Jaan_Tonisson_(Lasteleht), lk 62
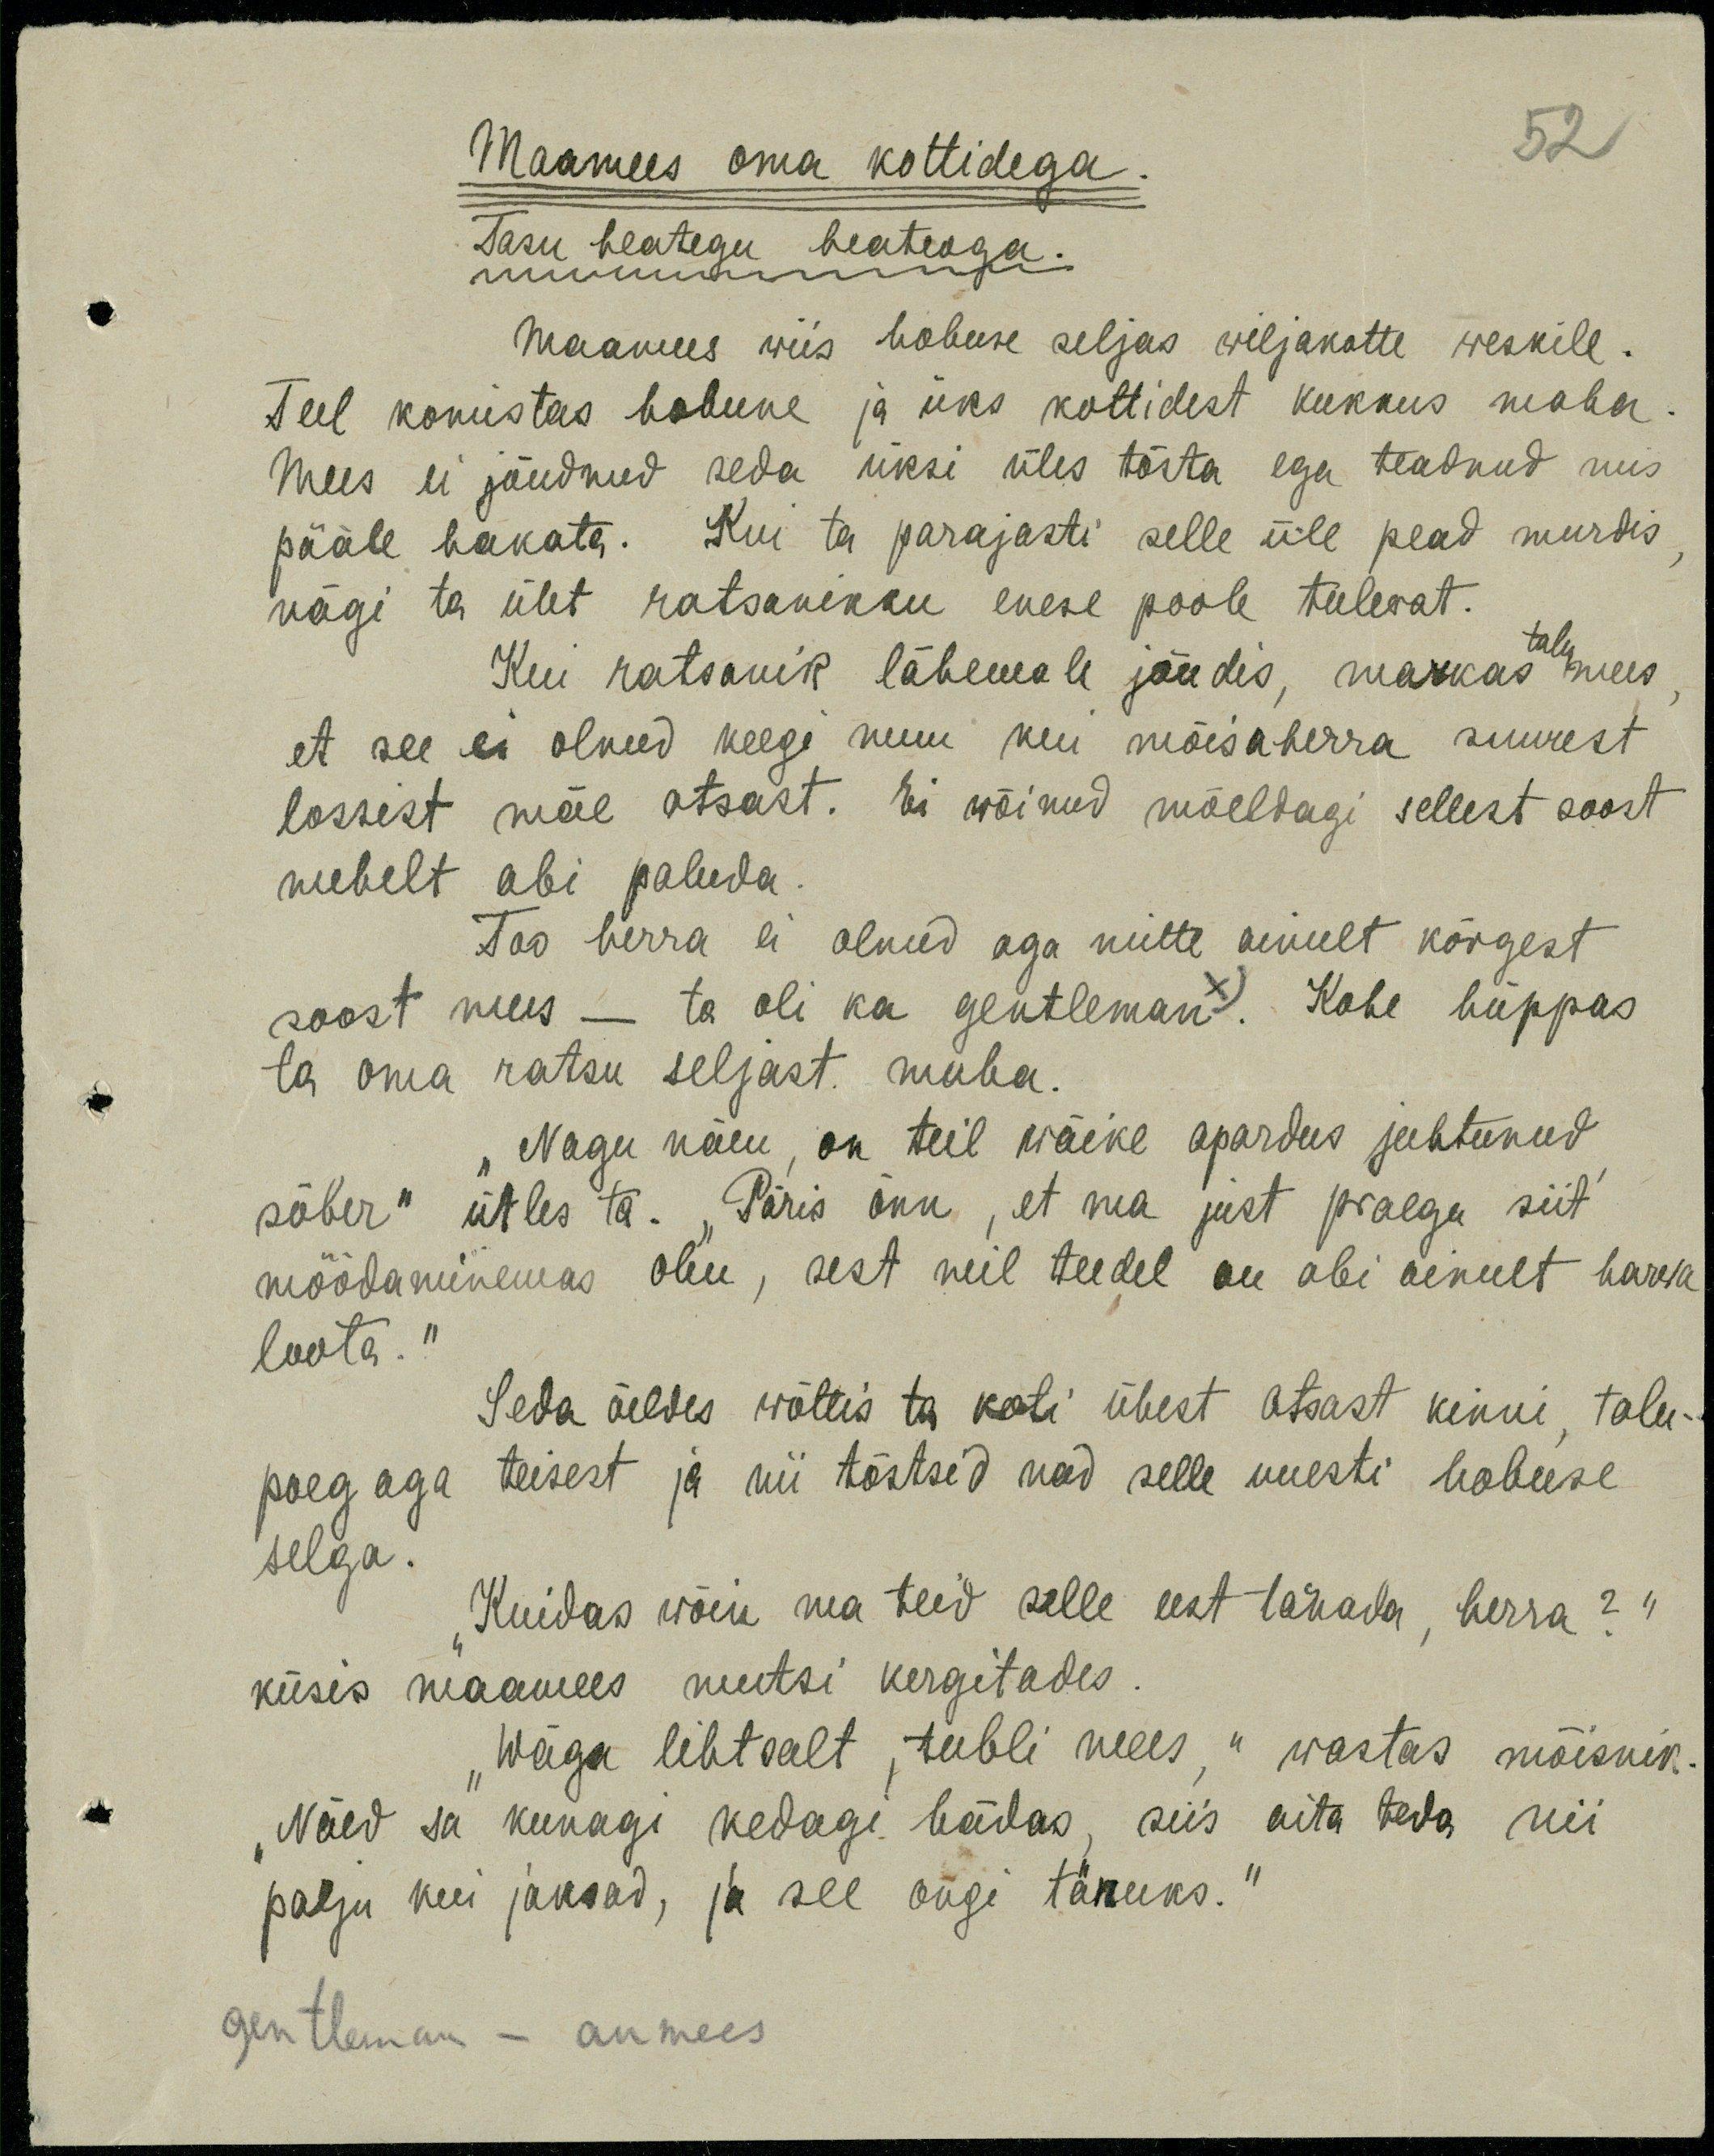
52
Maamees oma kottidega
Tasu heategu heateoga.
Maamees wiis hobuse seljas wiljakotte weskile.
Teel komistas hobune ja üks kottidest kukkus maha.
Mees ei jõudnud seda üksi üles tõsta ega teadnud mis
pääle hakata. Kui ta parajasti selle üle pead murdis
nägi ta üht ratsanikku enese poole tulevat.
Kui ratsanik lähemale jõudis, markas mees,
et see ei olnud keegi muu kui mõisaherra suurest
lossist mäe otsast. Ei wõinud mõeldagi sellest soost
mehelt abi paluda.
Too herra ei olnud aga mitte ainult kõrgest 
soost mees - ta oli gentleman. Kohe hüppas
ta oma ratsu seljast maha.
"Nagu näen, on teil wäike apardus juhtunud
sõber" ütles ta. "Päris õnn, et ma just praegu siit
möödaminemas olen, sest neil teedel on abil ainult harwa
loota."
Seda öeldes wõttis ta koti ühest otsast kinni, talu-
poeg aga teisest ja nii tõstsed nad selle uuesti hobuse 
selga.
"Kuidas wõin ma teid selle eest tänada, herra?"
küsis maamees mutsi kergitades.
"Wäga lihtsalt, tubli mees," vastas mõisnik
Näed sa kunagi kedagi hädas, siis aita teda nii 
palju kui jaksad, ja see ongi tänuks."
gentleman - aumees